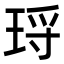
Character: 𭹑